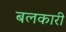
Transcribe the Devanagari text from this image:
बलकारी